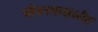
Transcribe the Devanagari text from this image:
जीवनसाखळीत